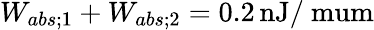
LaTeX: W_{abs;1}+W_{abs;2}=0.2\, \mathrm{nJ/\ mum}